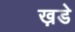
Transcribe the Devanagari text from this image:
ख़डे